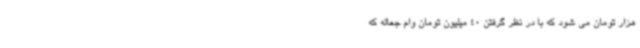
هزار تومان می شود که با در نظر گرفتن 40 میلیون تومان وام جعاله که